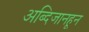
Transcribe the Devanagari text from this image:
अब्दिजानहून